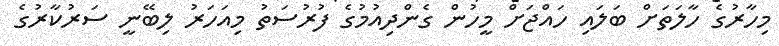
މިހާރުގެ ހާލަތަށް ބަލައި ހައްޖަށް މީހުން ގެންދިއުމުގެ ފުރުސަތު މިއަހަރު ލިބޭނީ ސަރުކާރުގެ